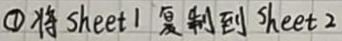
\textcircled{1} 将 Sheet1 复制到 Sheet2